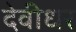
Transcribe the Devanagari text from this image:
देवीधर